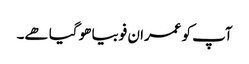
آپ کو عمران فوبیا ھو گیا ھے۔